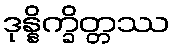
ဒုန္နိက္ခိတ္တဿ